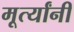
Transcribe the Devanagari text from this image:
मूर्त्यांनी